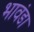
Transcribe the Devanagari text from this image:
भावंडा